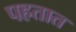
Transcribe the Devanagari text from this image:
पहतात